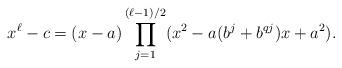
LaTeX: \begin{align*}x^{\ell}-c=(x-a)\prod_{j=1}^{(\ell-1)/2}(x^2-a(b^j+b^{qj})x+a^2).\end{align*}